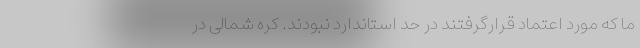
ما که مورد اعتماد قرارگرفتند در حد استاندارد نبودند. کره شمالی در